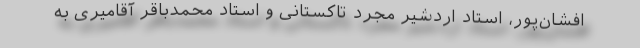
افشان‌پور، استاد اردشیر مجرد تاکستانی و استاد محمدباقر آقامیری به